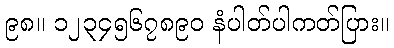
၉၈။ ၁၂၃၄၅၆၇၈၉၀ နံပါတ်ပါကတ်ပြား။